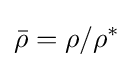
{\bar {\rho }}=\rho /\rho ^{*}